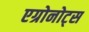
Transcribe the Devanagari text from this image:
एग्रोनोट्स